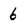
Character: 6